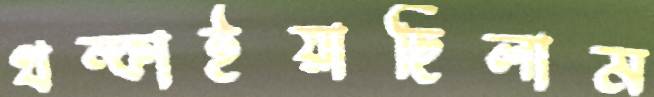
থম্‌কাইয়াছিলাম